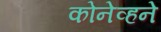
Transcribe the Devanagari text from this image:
कोनेव्हने